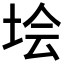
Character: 𡋗